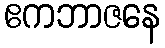
ဧကဘာဇနေ